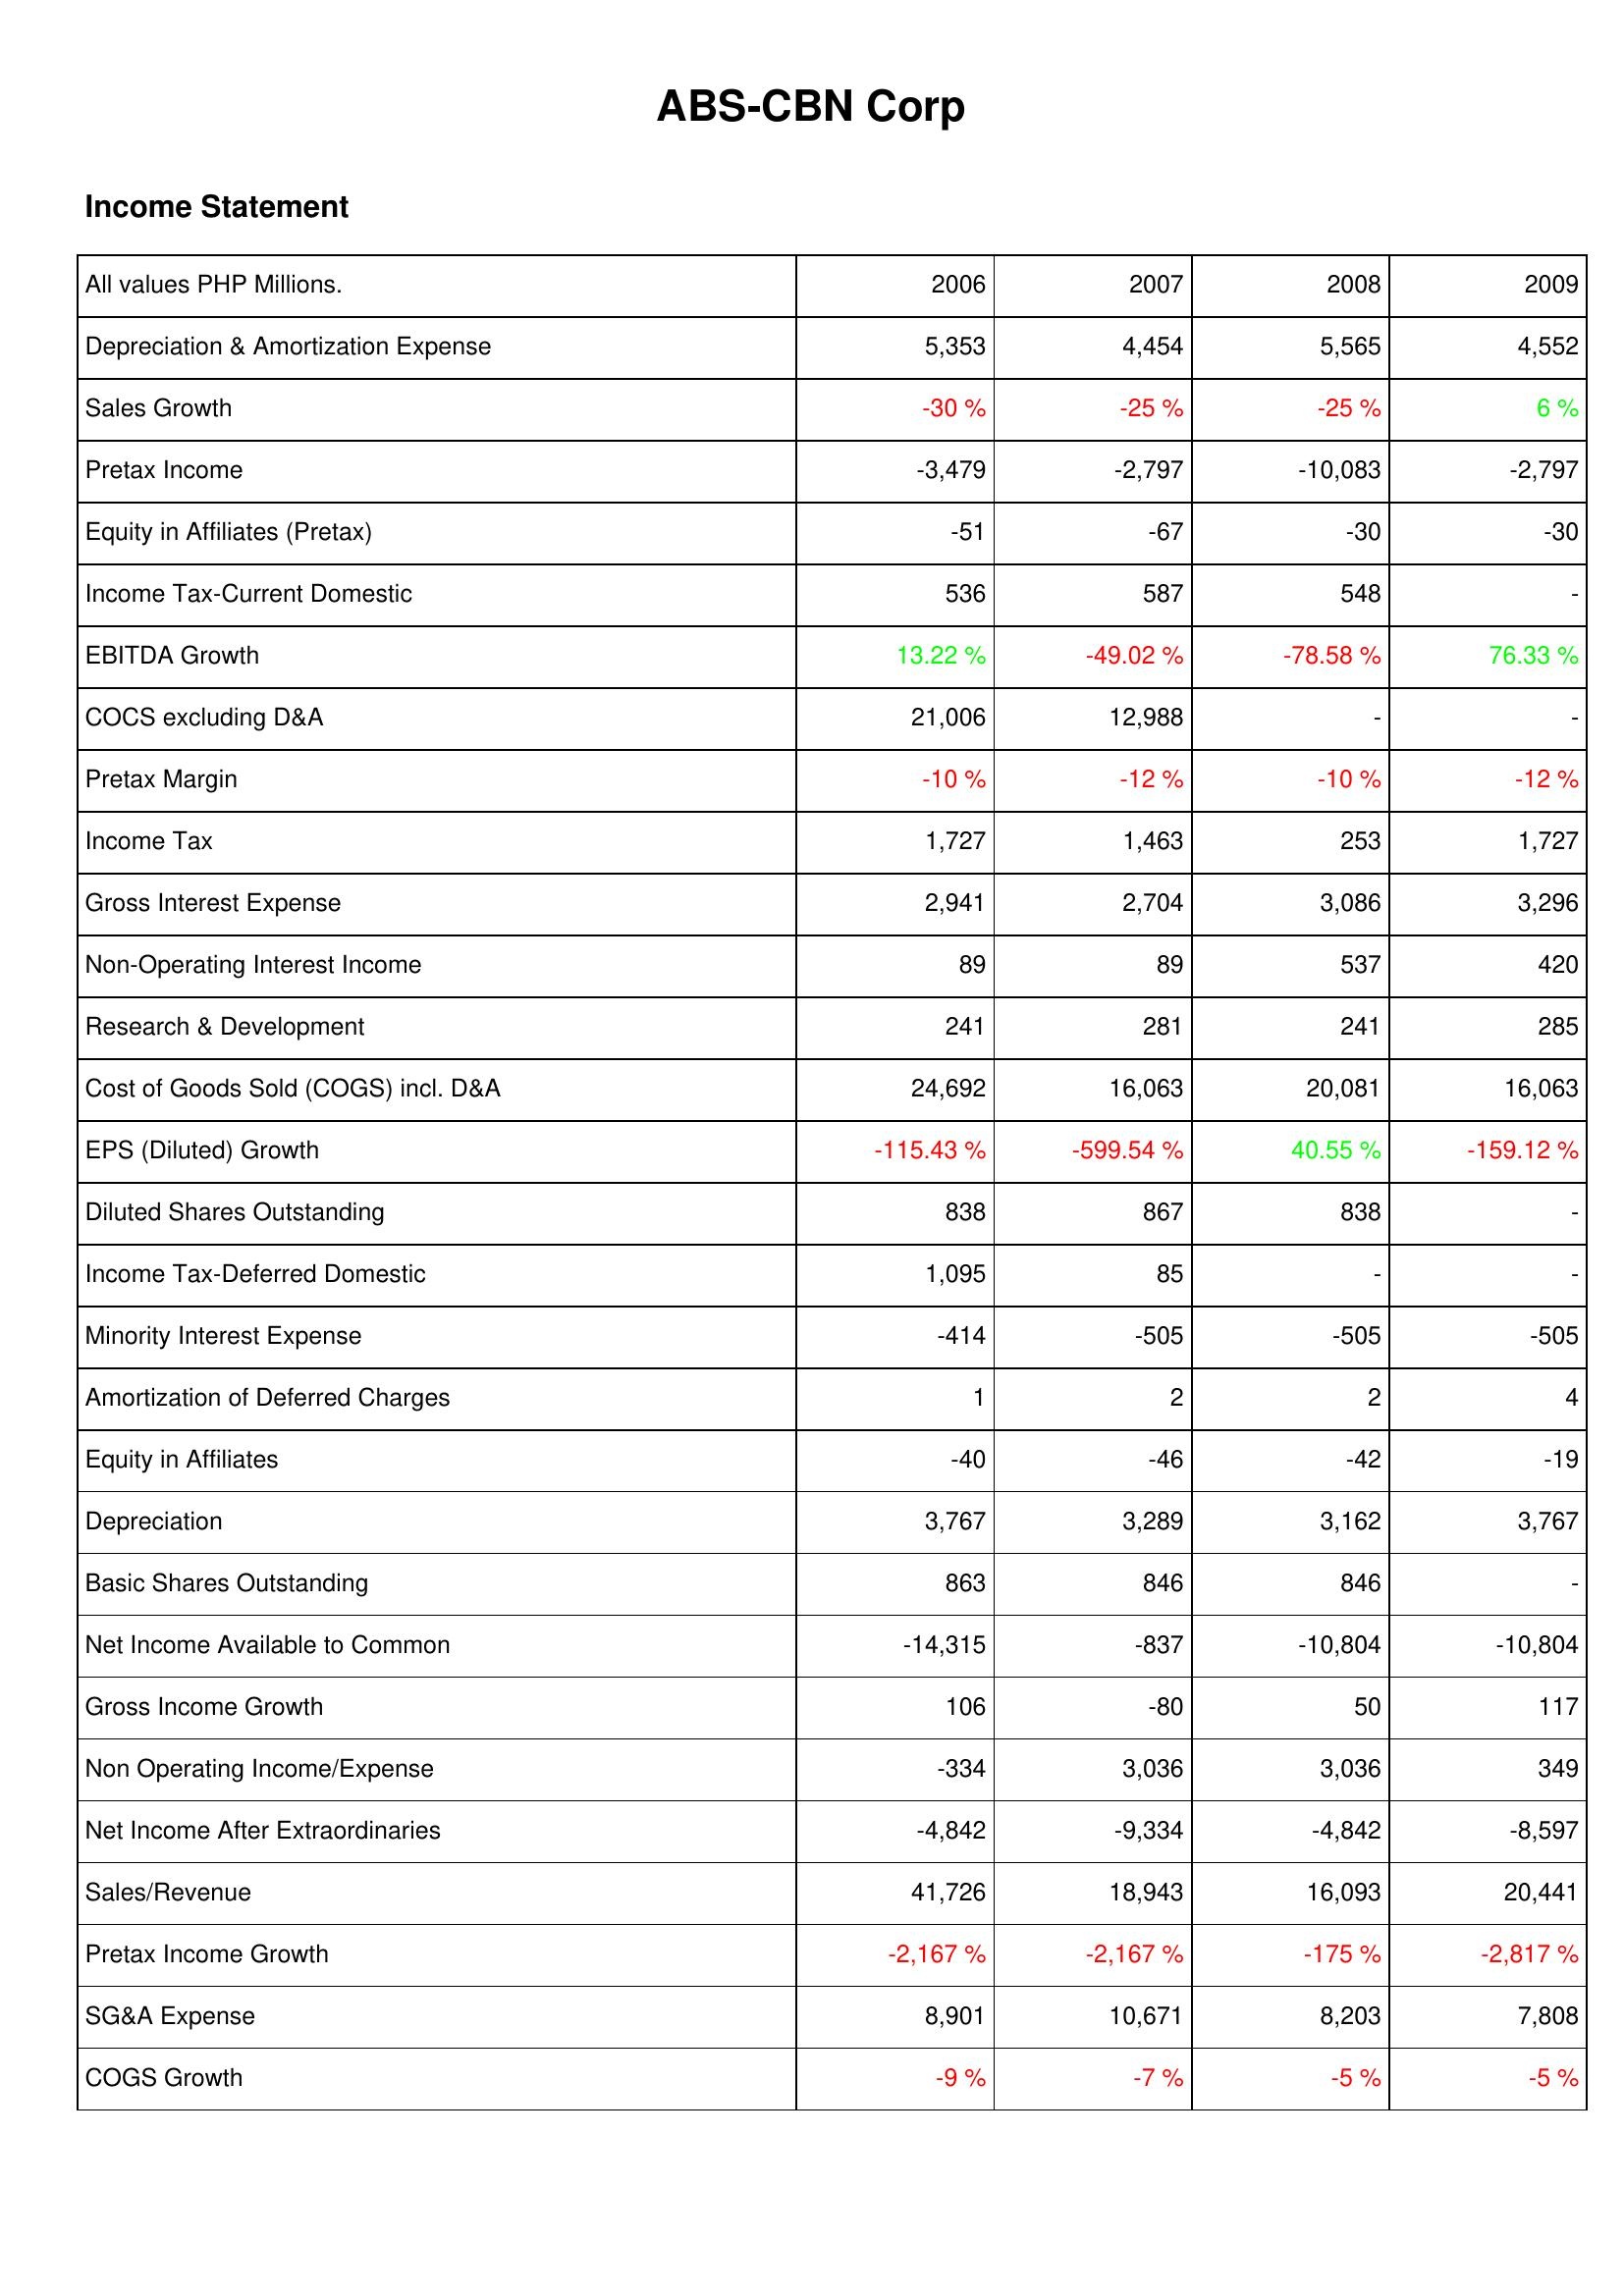
2006: Income Statement: Depreciation & Amortization Expense: 5,353
Sales Growth: -30 %
Pretax Income: -3,479
Equity in Affiliates (Pretax): -51
Income Tax-Current Domestic: 536
EBITDA Growth: 13.22 %
COCS excluding D&A: 21,006
Pretax Margin: -10 %
Income Tax: 1,727
Gross Interest Expense: 2,941
Non-Operating Interest Income: 89
Research & Development: 241
Cost of Goods Sold (COGS) incl. D&A: 24,692
EPS (Diluted) Growth: -115.43 %
Diluted Shares Outstanding: 838
Income Tax-Deferred Domestic: 1,095
Minority Interest Expense: -414
Amortization of Deferred Charges: 1
Equity in Affiliates: -40
Depreciation: 3,767
Basic Shares Outstanding: 863
Net Income Available to Common: -14,315
Gross Income Growth: 106
Non Operating Income/Expense: -334
Net Income After Extraordinaries: -4,842
Sales/Revenue: 41,726
Pretax Income Growth: -2,167 %
SG&A Expense: 8,901
COGS Growth: -9 %
2007: Income Statement: Depreciation & Amortization Expense: 4,454
Sales Growth: -25 %
Pretax Income: -2,797
Equity in Affiliates (Pretax): -67
Income Tax-Current Domestic: 587
EBITDA Growth: -49.02 %
COCS excluding D&A: 12,988
Pretax Margin: -12 %
Income Tax: 1,463
Gross Interest Expense: 2,704
Non-Operating Interest Income: 89
Research & Development: 281
Cost of Goods Sold (COGS) incl. D&A: 16,063
EPS (Diluted) Growth: -599.54 %
Diluted Shares Outstanding: 867
Income Tax-Deferred Domestic: 85
Minority Interest Expense: -505
Amortization of Deferred Charges: 2
Equity in Affiliates: -46
Depreciation: 3,289
Basic Shares Outstanding: 846
Net Income Available to Common: -837
Gross Income Growth: -80
Non Operating Income/Expense: 3,036
Net Income After Extraordinaries: -9,334
Sales/Revenue: 18,943
Pretax Income Growth: -2,167 %
SG&A Expense: 10,671
COGS Growth: -7 %
2008: Income Statement: Depreciation & Amortization Expense: 5,565
Sales Growth: -25 %
Pretax Income: -10,083
Equity in Affiliates (Pretax): -30
Income Tax-Current Domestic: 548
EBITDA Growth: -78.58 %
COCS excluding D&A: -
Pretax Margin: -10 %
Income Tax: 253
Gross Interest Expense: 3,086
Non-Operating Interest Income: 537
Research & Development: 241
Cost of Goods Sold (COGS) incl. D&A: 20,081
EPS (Diluted) Growth: 40.55 %
Diluted Shares Outstanding: 838
Income Tax-Deferred Domestic: -
Minority Interest Expense: -505
Amortization of Deferred Charges: 2
Equity in Affiliates: -42
Depreciation: 3,162
Basic Shares Outstanding: 846
Net Income Available to Common: -10,804
Gross Income Growth: 50
Non Operating Income/Expense: 3,036
Net Income After Extraordinaries: -4,842
Sales/Revenue: 16,093
Pretax Income Growth: -175 %
SG&A Expense: 8,203
COGS Growth: -5 %
2009: Income Statement: Depreciation & Amortization Expense: 4,552
Sales Growth: 6 %
Pretax Income: -2,797
Equity in Affiliates (Pretax): -30
Income Tax-Current Domestic: -
EBITDA Growth: 76.33 %
COCS excluding D&A: -
Pretax Margin: -12 %
Income Tax: 1,727
Gross Interest Expense: 3,296
Non-Operating Interest Income: 420
Research & Development: 285
Cost of Goods Sold (COGS) incl. D&A: 16,063
EPS (Diluted) Growth: -159.12 %
Diluted Shares Outstanding: -
Income Tax-Deferred Domestic: -
Minority Interest Expense: -505
Amortization of Deferred Charges: 4
Equity in Affiliates: -19
Depreciation: 3,767
Basic Shares Outstanding: -
Net Income Available to Common: -10,804
Gross Income Growth: 117
Non Operating Income/Expense: 349
Net Income After Extraordinaries: -8,597
Sales/Revenue: 20,441
Pretax Income Growth: -2,817 %
SG&A Expense: 7,808
COGS Growth: -5 %